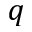
q